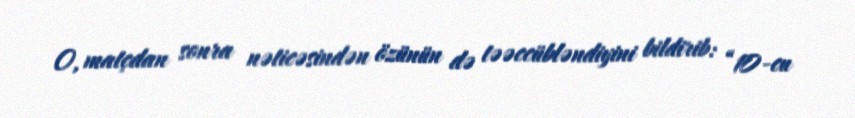
O, matçdan sonra nəticəsindən özünün də təəccübləndiyini bildirib: “10-cu